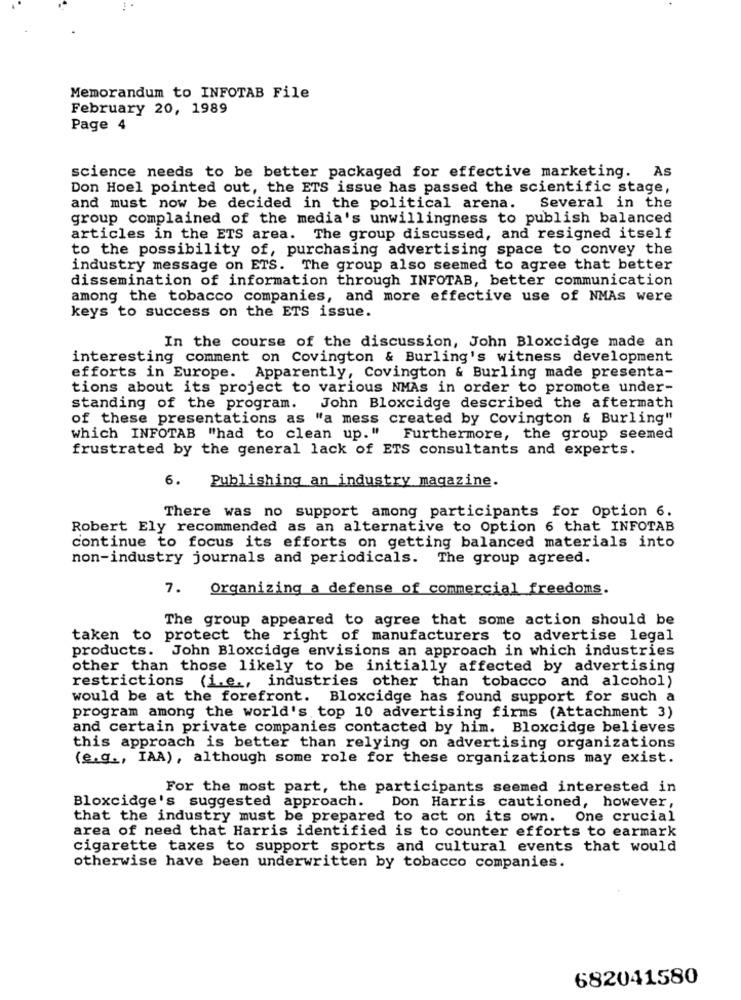
Memorandum to INFOTAB File
February 20, 1989
Page 4
science needs to be better packaged for effective marketing. As
Don Hoel pointed out, the ETS issue has passed the scientific stage,
and must now be decided in the political arena.
Several in the
group complained of the media's unwillingness to publish balanced
articles in the ETS area. The group discussed, and resigned itself
to the possibility of, purchasing advertising space to convey the
industry message on ETS. The group also seemed to agree that better
dissemination of information through INFOTAB, better communication
among the tobacco companies, and more effective use of NMAs were
keys to success on the ETS issue.
In the course of the discussion, John Bloxcidge made an
interesting comment on Covington & Burling's witness development
efforts in Europe. Apparently, Covington & Burling made presenta-
tions about its project to various NMAs in order to promote under-
standing of the program. John Bloxcidge described the aftermath
of these presentations as "a mess created by Covington & Burling"
which INFOTAB "had to clean up. "
Furthermore, the group seemed
frustrated by the general lack of ETS consultants and experts.
6. Publishing an industry magazine.
There was no support among participants for Option 6.
Robert Ely recommended as an alternative to Option 6 that INFOTAB
continue to focus its efforts on getting balanced materials into
non-industry journals and periodicals. The group agreed.
7. Organizing a defense of commercial freedoms.
The group appeared to agree that some action should be
taken to protect the right of manufacturers to advertise legal
products. John Bloxcidge envisions an approach in which industries
other than those likely to be initially affected by advertising
restrictions (i.e ., industries other than tobacco and alcohol)
would be at the forefront. Bloxcidge has found support for such a
program among the world's top 10 advertising firms (Attachment 3)
and certain private companies contacted by him. Bloxcidge believes
this approach is better than relying on advertising organizations
(e.g ., IAA), although some role for these organizations may exist.
For the most part, the participants seemed interested in
Bloxcidge's suggested approach. Don Harris cautioned, however,
that the industry must be prepared to act on its own. One crucial
area of need that Harris identified is to counter efforts to earmark
cigarette taxes to support sports and cultural events that would
otherwise have been underwritten by tobacco companies.
682041580